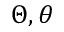
\Theta , \theta